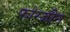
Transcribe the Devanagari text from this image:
फोस्जीन